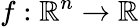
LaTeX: f:\mathbb{R}^{n}\rightarrow\mathbb{R}